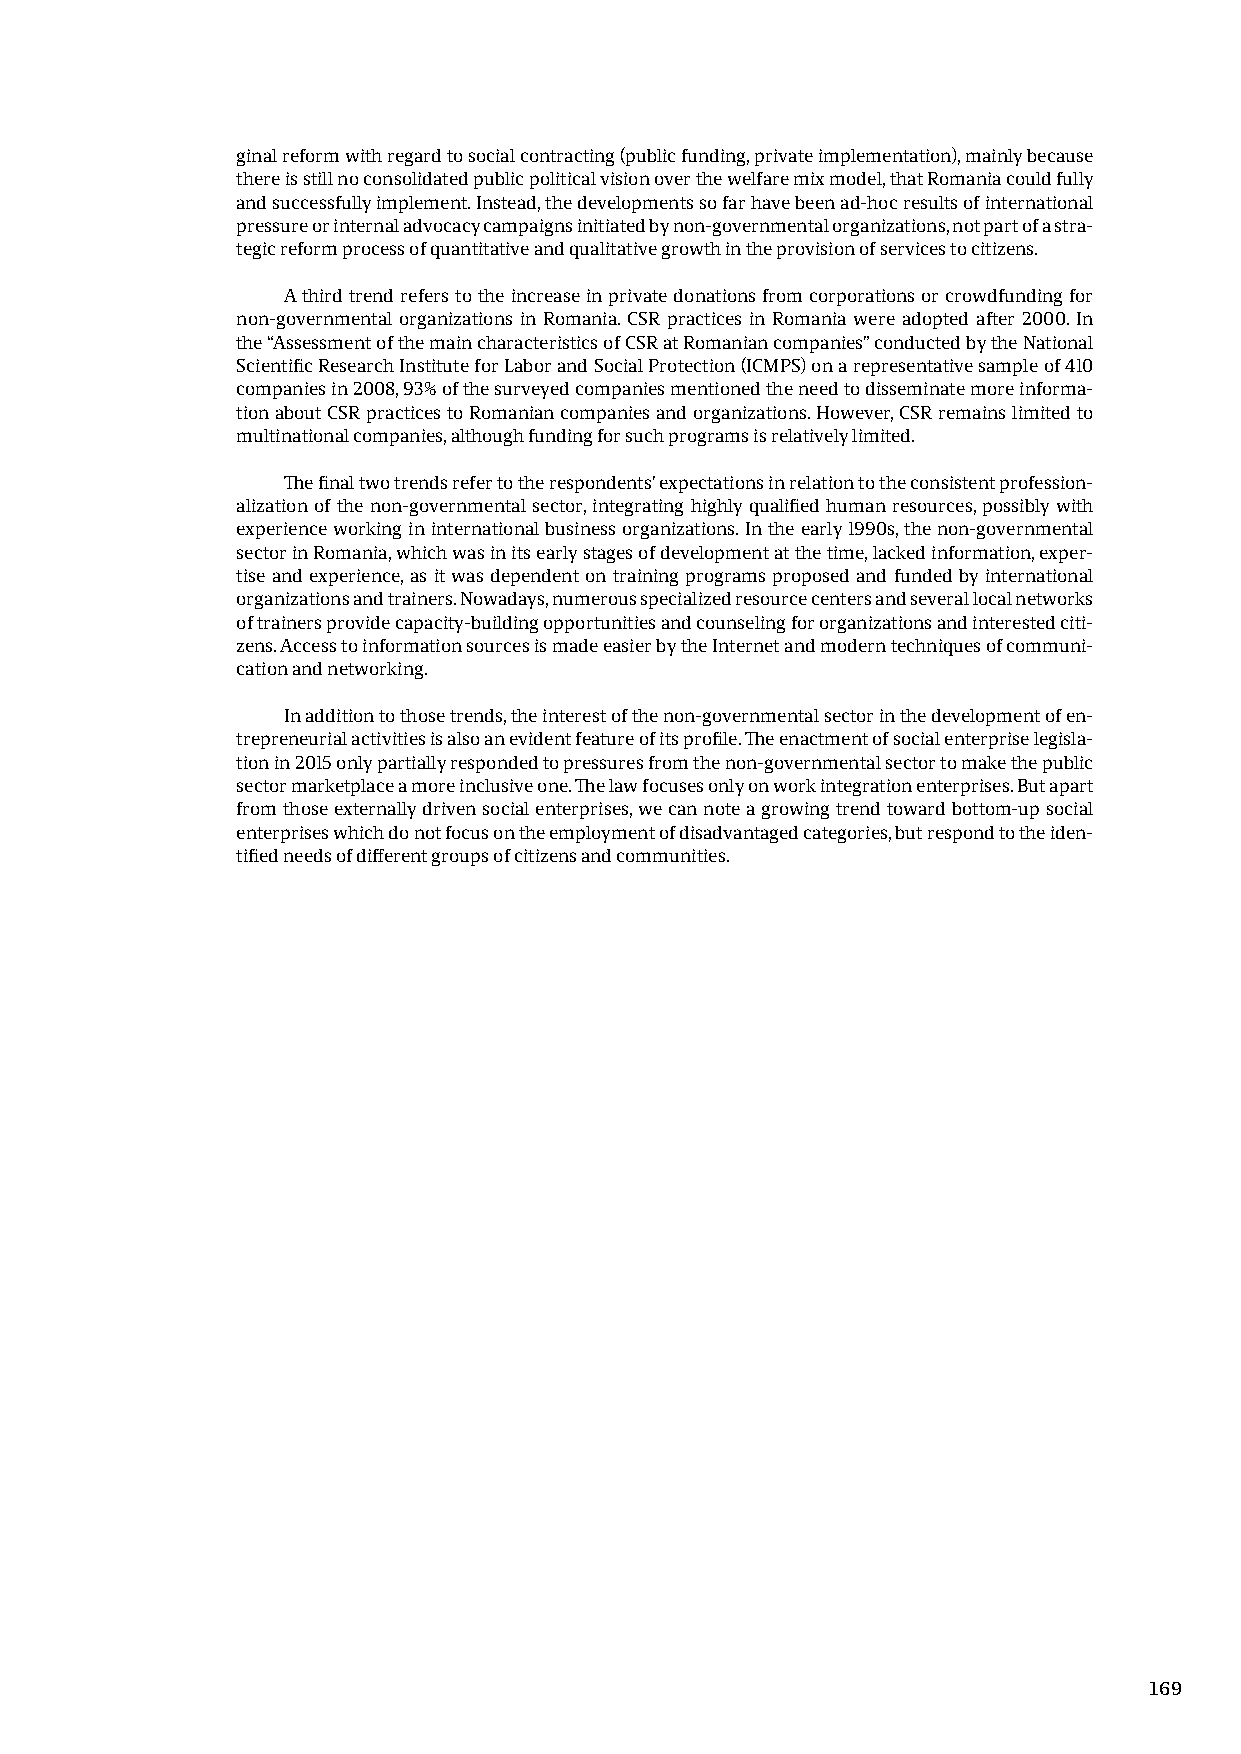
ginal reform with regard to social contracting (public funding, private implementation), mainly because
 there is still no consolidated public political vision over the welfare mix model, that Romania could fully
 and successfully implement. Instead, the developments so far have been ad-hoc results of international
 pressure or internal advocacy campaigns initiated by non-governmental organizations, not part of a stra-
 tegic reform process of quantitative and qualitative growth in the provision of services to citizens.
 A third trend refers to the increase in private donations from corporations or crowdfunding for
 non-governmental organizations in Romania. CSR practices in Romania were adopted after 2000. In
 the “Assessment of the main characteristics of CSR at Romanian companies” conducted by the National
 Scientific Research Institute for Labor and Social Protection (ICMPS) on a representative sample of 410
 companies in 2008, 93% of the surveyed companies mentioned the need to disseminate more informa-
 tion about CSR practices to Romanian companies and organizations. However, CSR remains limited to
 multinational companies, although funding for such programs is relatively limited.
 The final two trends refer to the respondents’ expectations in relation to the consistent profession-
 alization of the non-governmental sector, integrating highly qualified human resources, possibly with
 experience working in international business organizations. In the early 1990s, the non-governmental
 sector in Romania, which was in its early stages of development at the time, lacked information, exper-
 tise and experience, as it was dependent on training programs proposed and funded by international
 organizations and trainers. Nowadays, numerous specialized resource centers and several local networks
 of trainers provide capacity-building opportunities and counseling for organizations and interested citi-
 zens. Access to information sources is made easier by the Internet and modern techniques of communi-
 cation and networking.
 In addition to those trends, the interest of the non-governmental sector in the development of en-
 trepreneurial activities is also an evident feature of its profile. The enactment of social enterprise legisla-
 tion in 2015 only partially responded to pressures from the non-governmental sector to make the public
 sector marketplace a more inclusive one. The law focuses only on work integration enterprises. But apart
 from those externally driven social enterprises, we can note a growing trend toward bottom-up social
 enterprises which do not focus on the employment of disadvantaged categories, but respond to the iden-
 tified needs of different groups of citizens and communities.
 169